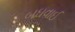
બઘવાઈ